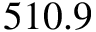
5 1 0 . 9